Insane asylums in Bengal annual reports 1867-1875 - 1867-1875
Year: 1867
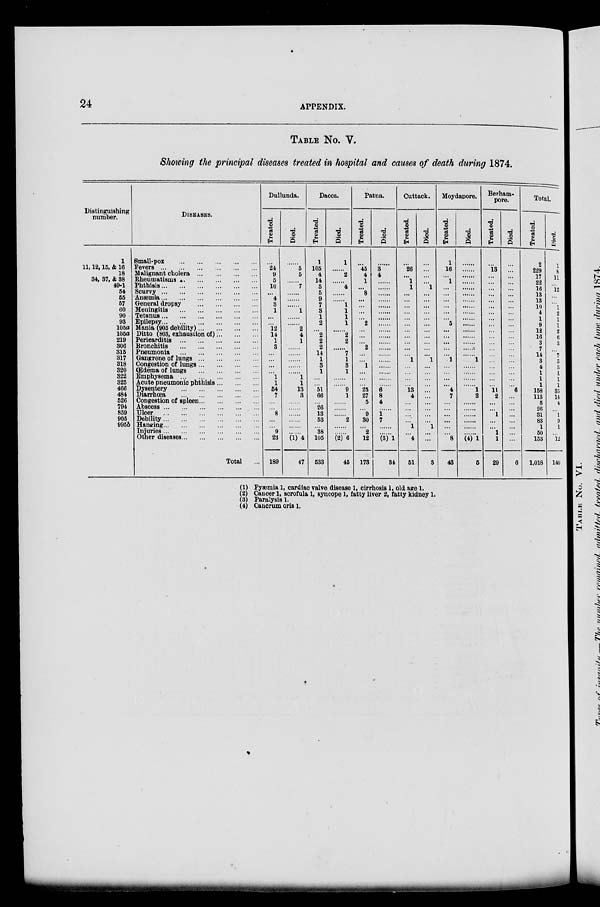
24
APPENDIX.
TABLE No. V.
Showing the principal diseases treated in hospital and causes of death during 1874.
Distinguishing
number.
1
11, 12, 15, & 16
18
34, 37, & 38
49-1
54
55
57
60
90
93
105a
105a
219
306
315
317
318
320
322
325
466
484
526
794
859
905
995b
DISEASES.
Small-pox
...
...
...
...
...
...
Fevers ... ... ... ... ... ...
Malignant cholera
...
...
...
...
Rheumatisms
...
...
...
...
...
Phthisis
...
...
...
...
...
...
Scurvy
...
...
...
...
...
...
Anæmia...
...
...
...
...
...
General dropsy ... ... ... ...
Meningitis ... ... ... ... ...
Tetanus
...
...
...
...
...
...
Epilepsy
...
...
...
...
...
...
Mania (905 debility)
...
...
...
Ditto (803, exhaustion of)
...
...
Pericarditis ... ... ... ... ... ...
Bronchitis ... ... ... ... ... ...
Pneumonia ... ... ... ... ... ...
Gangrene of lungs
...
...
...
...
Congestion of lungs
...
...
...
...
Œdema of lungs ... ... ... ... ...
Emphysema ... ... ... ... ...
Acute pneumonic phthisis...
...
...
Dysentery
...
...
...
...
...
...
Diarrhœa
...
...
...
...
...
...
Congestion of spleen
...
...
...
Abscess
...
...
...
...
...
...
Ulcer ... ... ... ... ... ...
Debility
...
...
...
...
...
...
Hanging
...
...
...
...
...
...
Injuries
...
...
...
...
...
...
Other diseases ... ... ... ... ... ...
Total ...
Dullunda.
Treated.
...
24
9
5
10
...
4
3
1
...
...
12
14
1
3
...
...
...
...
1
1
54
7
...
...
8
...
...
9
23
189
Died.
......
5
5
......
7
......
......
......
1
......
......
2
4
1
......
......
......
......
......
1
1
13
3
......
......
......
......
......
......
(1) 4
47
Dacca.
Treated.
1
105
4
14
5
5
9
7
3
1
2
...
2
2
2
14
1
3
1
...
...
51
66
...
26
13
53
...
38
105
533
Died.
1
......
2
......
4
...
......
1
1
1
1
......
2
2
......
7
1
3
1
......
......
9
1
......
......
......
2
......
......
(2) 6
45
Patna.
Treated.
...
45
4
1
...
8
...
...
...
...
2
...
...
...
2
...
...
1
...
...
...
25
27
5
...
9
30
...
2
12
173
Died.
......
3
4
......
......
......
......
......
......
......
......
......
......
......
......
......
......
......
......
......
......
6
8
4
......
1
7
......
......
(3) 1
34
Cuttack.
Treated.
...
26
...
1
1
...
...
...
...
...
...
...
...
...
...
...
1
...
...
...
...
13
4
...
...
...
...
1
...
4
51
Died.
...
...
...
...
1
...
...
...
...
...
...
...
...
...
...
...
1
...
...
...
...
...
...
...
...
...
...
1
...
...
3
Moydapore.
Treated.
1
16
...
1
...
...
...
...
...
...
5
...
...
...
...
...
1
...
...
...
...
4
7
...
...
...
...
...
...
8
43
Died.
......
......
......
......
......
......
......
......
......
......
......
......
......
......
......
......
1
......
......
......
......
1
2
......
......
......
......
......
......
(4) 1
5
Berham¬
pore.
Treated.
...
13
...
...
...
...
...
...
...
...
...
...
...
...
...
...
...
...
...
...
...
11 2
...
...
1
...
...
1
1
29
Died.
...
...
...
...
...
...
...
...
...
...
...
...
...
...
...
...
...
...
...
...
...
6
...
...
...
...
...
...
...
...
6
Total.
Treated.
2
229
17
22
16
13
13
10
4
1
9
12
16
3
7
14
3
4
1
1
1
158
113
5
26
31
83
1
50
153
1,018
Died.
1
8
11
...
12
...
...
1
2
1
1
2
6
3
...
7
3
3
1
1
1
35
14
4
...
1
9
1
...
12
140
(1)
(2)
(3)
(4)
Pyæmia 1, cardiac valve disease 1, cirrhosis 1, old age 1.
Cancer 1, scrofula 1, syncope 1, fatty liver 2, fatty kidney 1.
Paralysis 1.
Cancrum oris l.